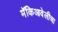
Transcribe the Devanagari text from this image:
मॅकिआवेलीचा